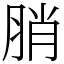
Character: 䏴